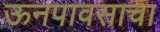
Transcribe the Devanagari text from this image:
ऊनपावसाचा